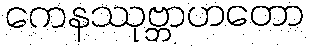
ကေနဿုဗ္ဘာဟတော